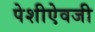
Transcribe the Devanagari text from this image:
पेशीऐवजी